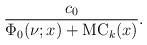
LaTeX: \begin{align*}\frac{c_0}{\Phi_0(\nu;x)+\mathrm{MC}_k(x)}.\end{align*}